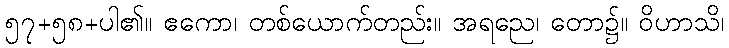
၅၇+၅၈+ပါ၏။ ဧကော၊ တစ်ယောက်တည်း။ အရညေ၊ တော၌။ ဝိဟာသိ၊